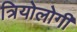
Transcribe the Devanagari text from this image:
त्रियोलोगी